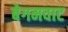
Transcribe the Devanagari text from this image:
बेगमवाट